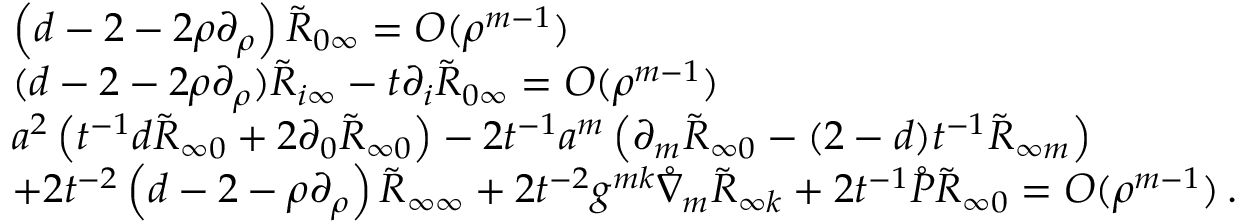
\begin{array} { r l } & { \left( d - 2 - 2 \rho \partial _ { \rho } \right) \tilde { R } _ { 0 \infty } = { \cal O } ( \rho ^ { m - 1 } ) } \\ & { ( d - 2 - 2 \rho \partial _ { \rho } ) \tilde { R } _ { i \infty } - t \partial _ { i } \tilde { R } _ { 0 \infty } = { \cal O } ( \rho ^ { m - 1 } ) } \\ & { a ^ { 2 } \left( t ^ { - 1 } d \tilde { R } _ { \infty 0 } + 2 \partial _ { 0 } \tilde { R } _ { \infty 0 } \right) - 2 t ^ { - 1 } a ^ { m } \left( \partial _ { m } \tilde { R } _ { \infty 0 } - ( 2 - d ) t ^ { - 1 } \tilde { R } _ { \infty m } \right) } \\ & { + 2 t ^ { - 2 } \left( d - 2 - \rho \partial _ { \rho } \right) \tilde { R } _ { \infty \infty } + 2 t ^ { - 2 } g ^ { m k } \mathring \nabla _ { m } \tilde { R } _ { \infty k } + 2 t ^ { - 1 } \mathring { P } \tilde { R } _ { \infty 0 } = { \cal O } ( \rho ^ { m - 1 } ) \, . } \end{array}